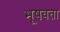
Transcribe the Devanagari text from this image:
भूषवता